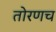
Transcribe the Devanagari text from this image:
तोरणच